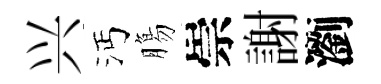
兴沔膓崇謝瀏